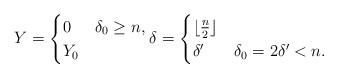
LaTeX: \begin{align*}Y = \begin{cases} 0 & \delta_0 \geq n,\\ Y_0 & \end{cases} \delta = \begin{cases} \lfloor \frac{n}{2} \rfloor & \\ \delta' & \delta_0 = 2\delta' <n. \end{cases} \end{align*}